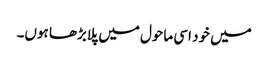
میں خود اسی ماحول میں پلابڑھا ہوں۔